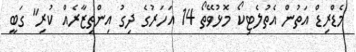
މެޑްރިޑް އަތުން އެތުލެޓިކޯ މޮޅުވޭތޯ 14 އަހަރުގެ ދިގު އިންތިޒާރެއް ކުރި" ގަބީ